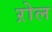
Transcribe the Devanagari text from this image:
ऱोल